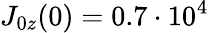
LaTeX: J_{0z}(0)=0.7\cdot 10^{4}